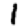
Digit: 1